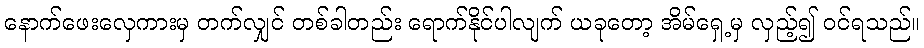
နောက်ဖေးလှေကားမှ တက်လျှင် တစ်ခါတည်း ရောက်နိုင်ပါလျက် ယခုတော့ အိမ်ရှေ့မှ လှည့်၍ ဝင်ရသည်။